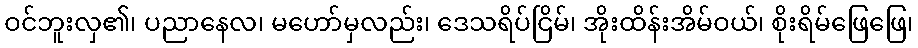
ဝင်ဘူးလှ၏၊ ပညာနေလ၊ မဟော်မှလည်း၊ ဒေသရိပ်ငြိမ်၊ အိုးထိန်းအိမ်ဝယ်၊ စိုးရိမ်ဖြေဖြေ၊